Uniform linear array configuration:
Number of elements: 16
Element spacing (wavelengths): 0.25
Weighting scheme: hann
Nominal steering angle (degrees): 60
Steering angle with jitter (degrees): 60.106
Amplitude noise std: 0.05
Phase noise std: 0.05

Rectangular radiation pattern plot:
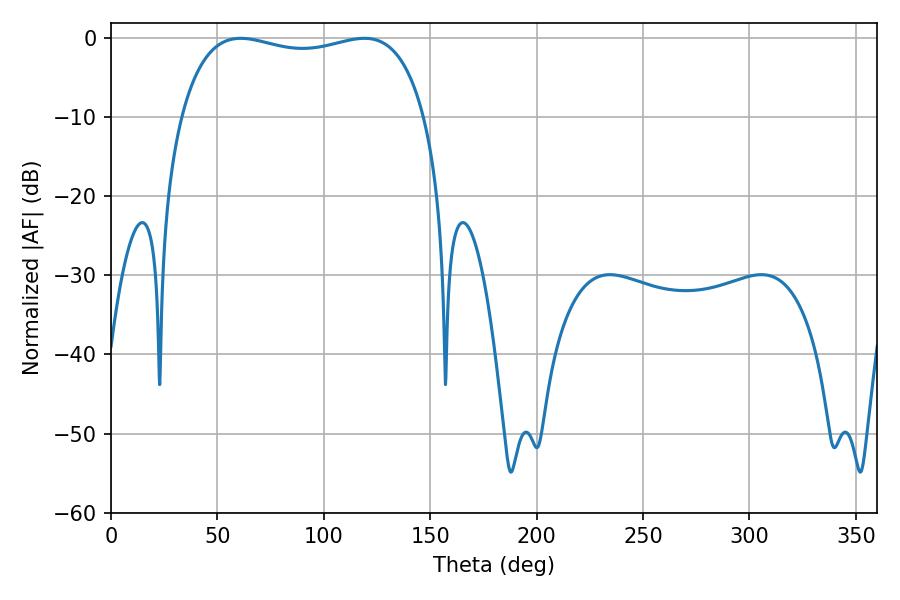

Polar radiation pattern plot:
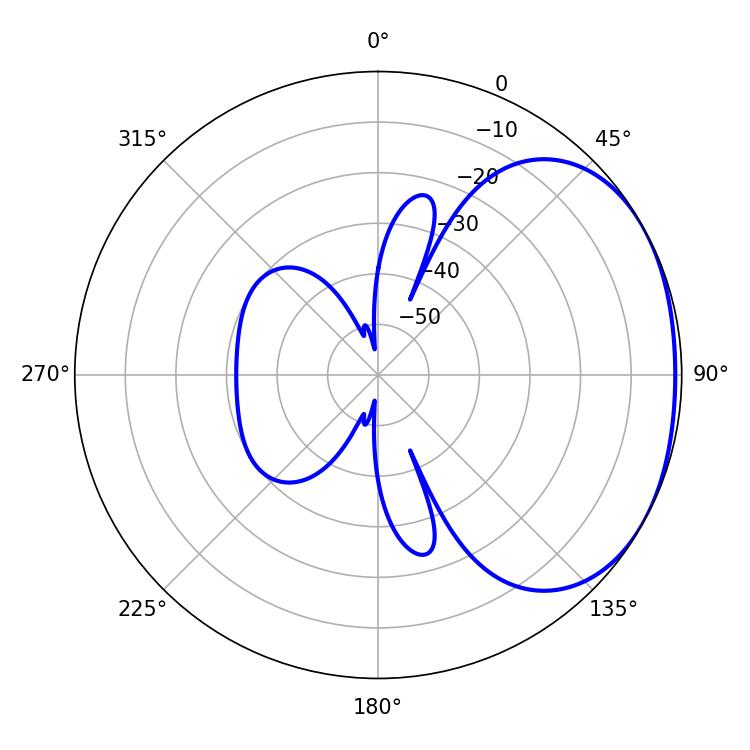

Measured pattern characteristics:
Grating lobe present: FALSE
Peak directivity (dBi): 1.847
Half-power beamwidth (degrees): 93.24
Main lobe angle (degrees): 60.84